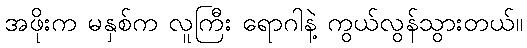
အဖိုးက မနှစ်က လူကြီး ရောဂါနဲ့ ကွယ်လွန်သွားတယ်။